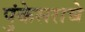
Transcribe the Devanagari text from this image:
पुंकेसराचे